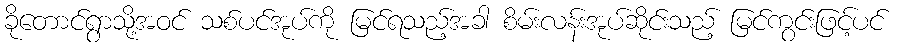
ခိုတောင်ရွာသို့အဝင် သစ်ပင်အုပ်ကို မြင်ရသည့်အခါ စိမ်းလန်းအုပ်ဆိုင်းသည့် မြင်ကွင်းဖြင့်ပင်